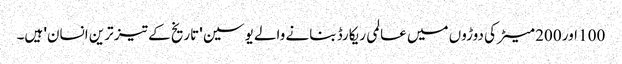
100 اور 200 میٹر کی دوڑوں میں عالمی ریکارڈ بنانے والے یوسین 'تاریخ کے تیز ترین انسان' ہیں۔